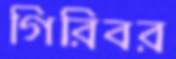
গিরিবর